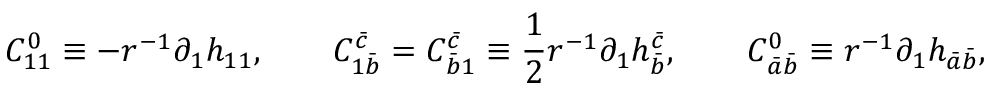
C _ { 1 1 } ^ { 0 } \equiv - r ^ { - 1 } \partial _ { 1 } h _ { 1 1 } , \qquad C _ { 1 \bar { b } } ^ { \bar { c } } = C _ { \bar { b } 1 } ^ { \bar { c } } \equiv { \frac { 1 } { 2 } } r ^ { - 1 } \partial _ { 1 } h _ { \bar { b } } ^ { \bar { c } } , \qquad C _ { \bar { a } \bar { b } } ^ { 0 } \equiv r ^ { - 1 } \partial _ { 1 } h _ { \bar { a } \bar { b } } ,